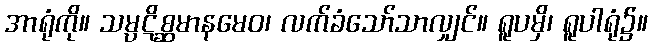
အာရုံကို။ သမ္ပဋိစ္ဆမာနမေဝ၊ လက်ခံသော်သာလျှင်။ ရူပမှိ၊ ရူပါရုံ၌။